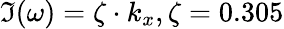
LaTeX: \Im(\omega)=\zeta\cdot k_{x},\zeta=0.305